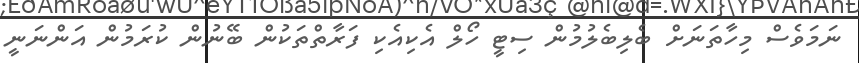
ނަމަވެސް މިހާތަނަށް ބެލިބެލުުމުން ސިޓީ ހޯލް އެކިއެކި ފަރާތްތަކުން ބޭނުން ކުރަމުން އަންނަނީ